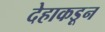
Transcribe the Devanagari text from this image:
देहाकडून